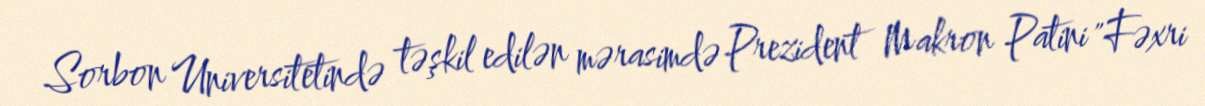
Sorbon Universitetində təşkil edilən mərasimdə Prezident Makron Patini "Fəxri